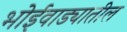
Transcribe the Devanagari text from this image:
भोईवाड्यातील